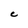
Character: c